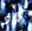
كاد